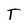
Character: T